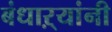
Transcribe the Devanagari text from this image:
बंधाऱ्यांनी